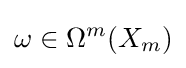
\omega \in \Omega ^{m}(X_{m})